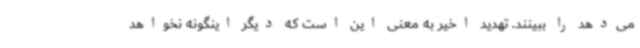
می‌دهد را ببینند. تهدید اخیر به معنی این است که دیگر اینگونه نخواهد